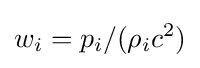
w_{i}=p_{i}/(\rho _{i}c^{2})